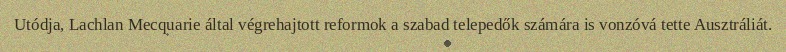
Utódja, Lachlan Mecquarie által végrehajtott reformok a szabad telepedők számára is vonzóvá tette Ausztráliát.